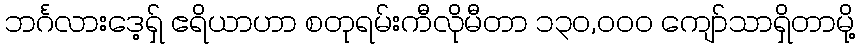
ဘင်္ဂလားဒေ့ရှ် ဧရိယာဟာ စတုရမ်းကီလိုမီတာ ၁၃၀,၀၀၀ ကျော်သာရှိတာမို့